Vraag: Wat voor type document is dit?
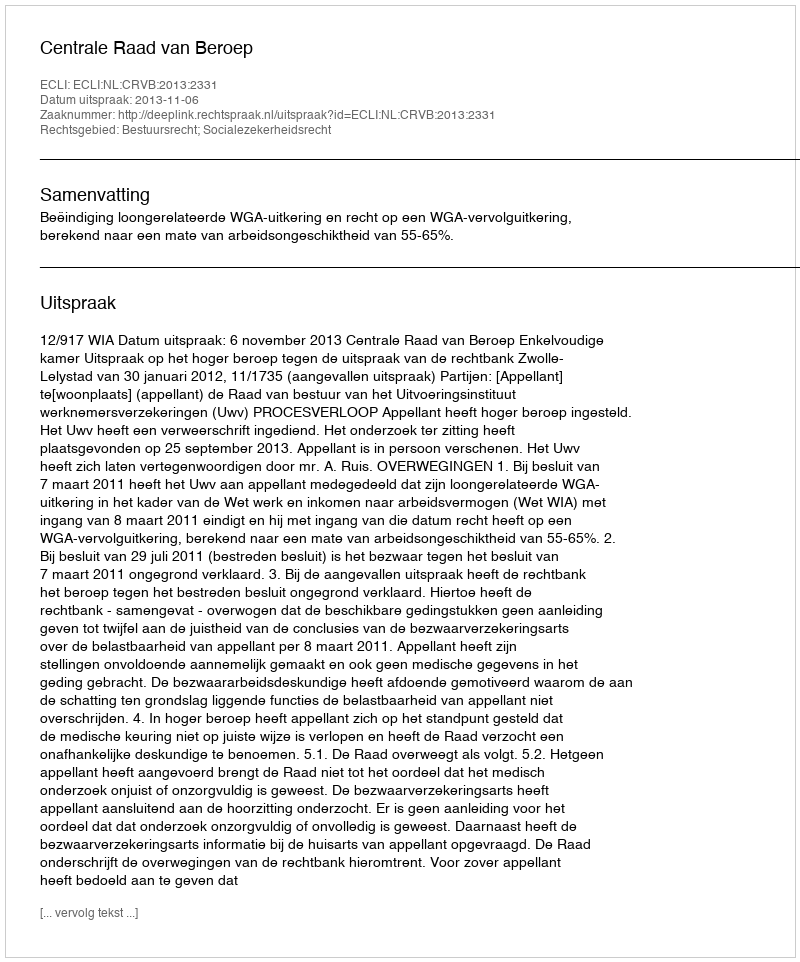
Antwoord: Uitspraak